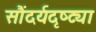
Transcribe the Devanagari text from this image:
सौंदर्यदृष्ट्या